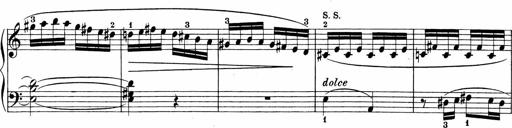
Title: Sonatinen Op.47, 98 und 136, nebst 6 Liedersonatinen
Composer: Carl Reinecke